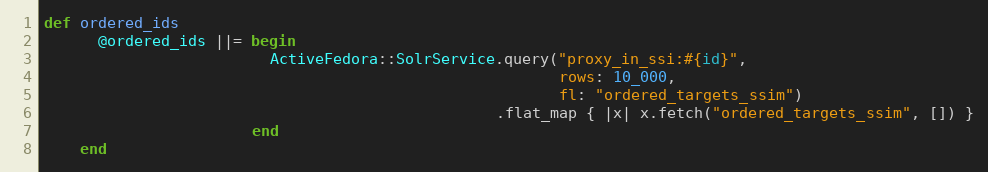
Language: Ruby
def ordered_ids
      @ordered_ids ||= begin
                         ActiveFedora::SolrService.query("proxy_in_ssi:#{id}",
                                                         rows: 10_000,
                                                         fl: "ordered_targets_ssim")
                                                  .flat_map { |x| x.fetch("ordered_targets_ssim", []) }
                       end
    end